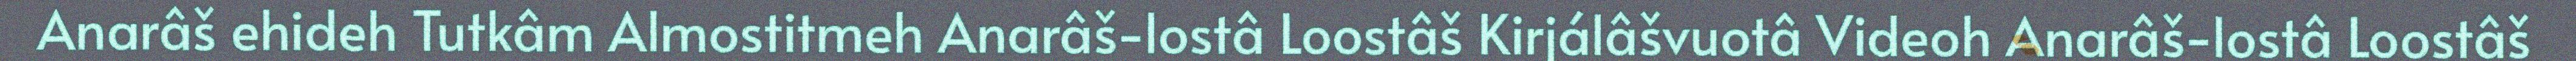
Anarâš ehideh Tutkâm Almostitmeh Anarâš-lostâ Loostâš Kirjálâšvuotâ Videoh Anarâš-lostâ Loostâš